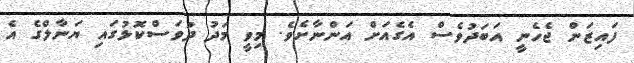
ފައިޒަން ޖެހެނީ އަބަދުވެސް އެގެއަށް އަންނާށެވެ. މިވީ މަދު ދުވަސްކޮޅުގައި ޔަނާލްގެ އެ